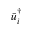
\bar { u } _ { i } ^ { \dag }